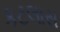
કટલાસ